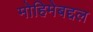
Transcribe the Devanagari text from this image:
मोहिमेबद्दल